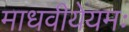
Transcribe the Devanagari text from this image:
माधवीयेयमः